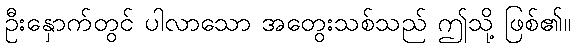
ဦးနှောက်တွင် ပါလာသော အတွေးသစ်သည် ဤသို့ ဖြစ်၏။